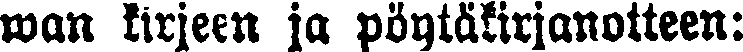
wan kirjeen ja pöytäkirjanotteen: